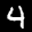
Label: 4